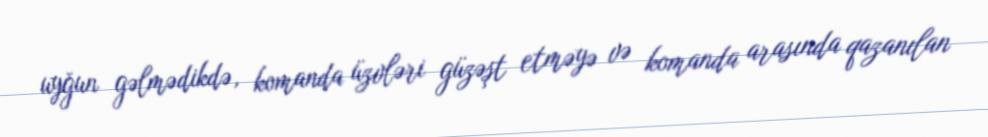
uyğun gəlmədikdə, komanda üzvləri güzəşt etməyə və komanda arasında qazanılan